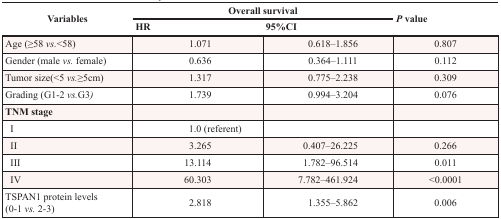
| <ROWSPAN=2> Variables | <COLSPAN=2> Overall survival | <ROWSPAN=2> P value |
 | HR | 95%CI |
 | --- | --- | --- | --- |
 | Age (≥58 vs.<58) | 1.071 | 0.618–1.856 | 0.807 |
 | Gender (male vs. female) | 0.636 | 0.364–1.111 | 0.112 |
 | Tumor size(<5 vs.≥5cm) | 1.317 | 0.775–2.238 | 0.309 |
 | Grading (G1-2 vs.G3) | 1.739 | 0.994–3.204 | 0.076 |
 | TNM stage |  |  |  |
 | I | 1.0 (referent) |  |  |
 | II | 3.265 | 0.407–26.225 | 0.266 |
 | III | 13.114 | 1.782–96.514 | 0.011 |
 | IV | 60.303 | 7.782–461.924 | <0.0001 |
 | TSPAN1 protein levels (0-1 vs. 2-3) | 2.818 | 1.355–5.862 | 0.006 |